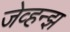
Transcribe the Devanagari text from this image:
जेव्हन्झ